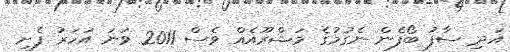
އަދި ސާފު ބޯފެން ނެގުމުގެ މަޝްރޫއެއް ވެސް 2011 ވަނަ އަހަރު ފެށި